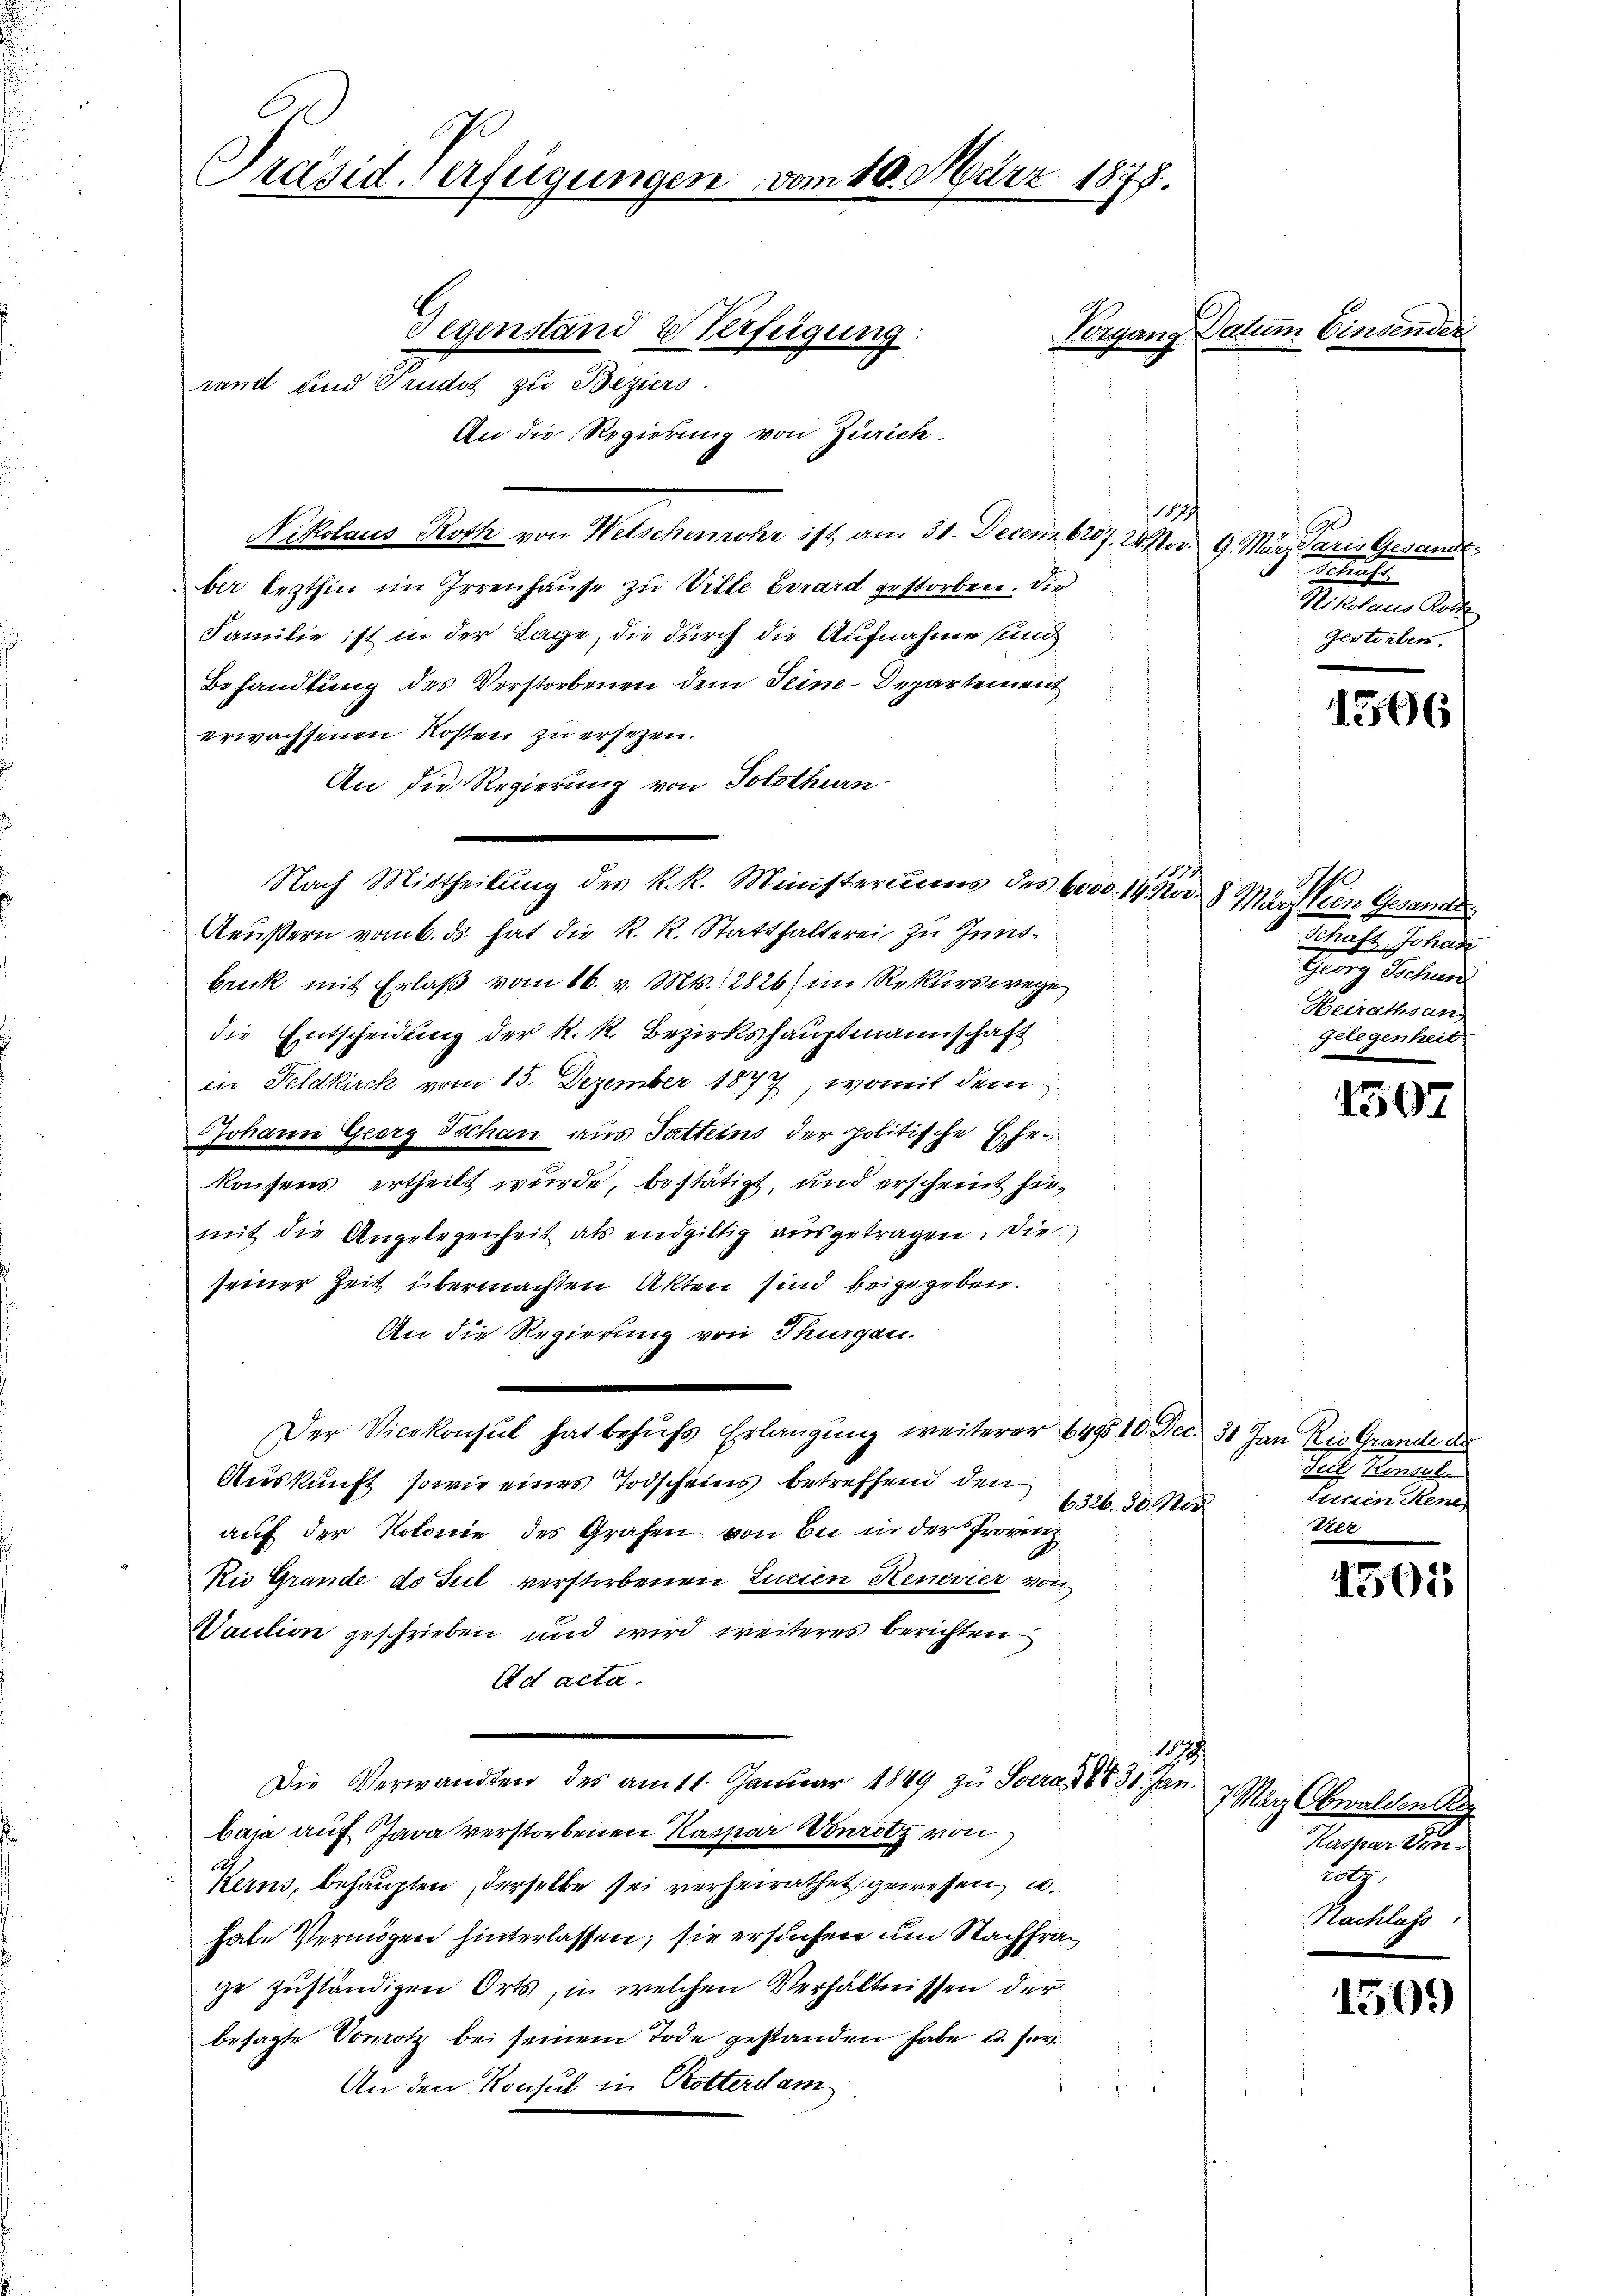
Präsid Verfügungen

rand und Trudit zu Beziers.

Gegenstand & Verfügung
An die Regierung von Zürich

h
Nikolaus Roth von Welschenrohr ist am 31. Decem 6207. 24. Nov. 9. März daris Gesandtber lezthin im Irrenhause zu Ville Errard gestorben. Die
Familie ist in der Tage, die durch die Aufnahme sind
Behandlung des Verstorbenen dem Seine-Departement
erwachsenen Kosten zu ersetzen.
An die Regierung von Solothurn
Aeußern vom 6. ds. hat die K. K. Statthalterei zu Innsbruck mit Erlaß vom 16. v. Mts. 12826) im Rekurs wege
die Entscheidung der k. k. Bezirkshauptmannschaft
in Feldkirck vom 15. Dezember 1877, womit dem
Johann Georg Tschau aus Fatteins der politische Ehekonsens ertheilt wurde, bestätigt, und erscheint hiemit die Angelegenheit als endgiltig ausgetragen. Die
seiner Zeit übermachten Akten sind beigegeben.
An die Regierung von Thurgau.
Der Vicekonsul hat behufs Erlangung weiterer 6495 10. Dec. 31 Jan Rio Grande des
Aŭskŭnft sowie eines Todscheins betreffend den 1326. 30. Nov. vier
auf der Kolonie des Grafen von bei in der Provinz
Rie Grande de Jul verstorbenen Lucien Henevier von
Vaution geschrieben und wird weiteres berichten
Ad acta.
18
Die Verwandten des am 11. Januar 1849 zu Soera, d. 30. Jan
baja auf Java verstorbenen Kaspar Vonrotz von
Kerns, behaupten, derselbe sei verheirathet gewesen, u.
habe Vermögen hinterlassen; sie ersuchen um Nachfrage zuständigen Orts, in welchen Verhältnissen der
besagte Vomotz bei seinem Tode gestanden habe u. s. v.
An den Konsul in Rotterdam

m 10. März 1878.

Nach Mittheilung des k. k. Ministeriums des 6000. 14. Nov. 8. März den Gesandts

Vorgang Datum Einsen

1813

90
Schricht
Rikolaus Koste
Gestorben.

h
Schaft, Johan
Georg Schran
Heirathsan.
Gelegenheit

1506

150

Pathe meinde
Feinden,

4501

7 März Obwalden
Kaspar Sen¬
B
Nachlass

1505